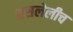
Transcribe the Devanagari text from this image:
असलेलीच